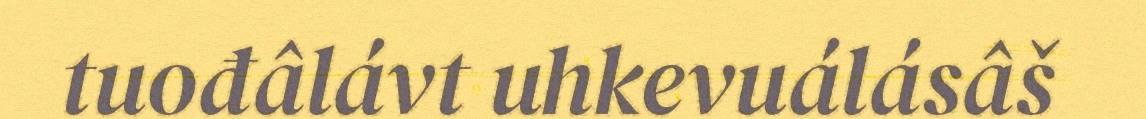
tuođâlávt uhkevuálásâš